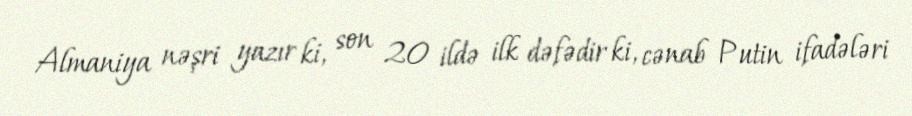
Almaniya nəşri yazır ki, son 20 ildə ilk dəfədir ki, cənab Putin ifadələri